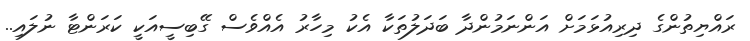
ރައްޔިތުންގެ ދިރިއުޅަމަށް އަންނަމުންދާ ބަދަލުތަކާ އެކު މިހާރު އެއްވެސް ގޭބިސީއަކީ ކަރަންޓާ ނުލައި..